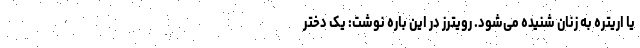
یا اریتره به زنان شنیده می‌شود. رویترز در این باره نوشت: یک دختر